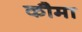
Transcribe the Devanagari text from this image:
कौमा